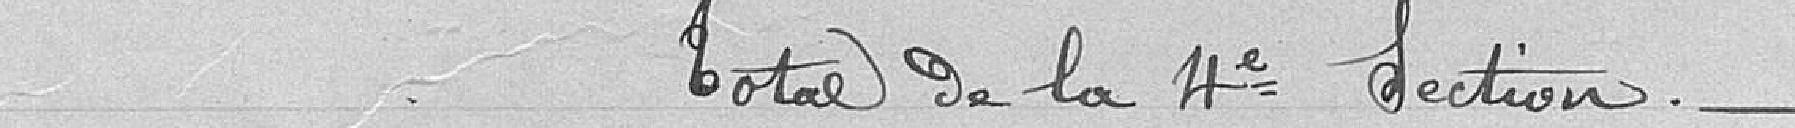
Total de la quatrième section